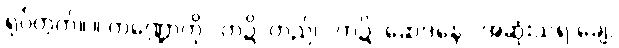
ရုပ်တွက်။ ။ ကဏ္ဍောကို “ကဍိ”တည်၊ “ကဍိ=ဆေဒနေ” အဆုံးသရ ချေ,